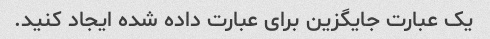
یک عبارت جایگزین برای عبارت داده شده ایجاد کنید.